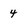
Character: 4